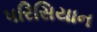
પરિસિયાન